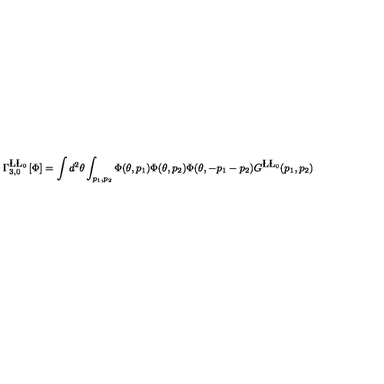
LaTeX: \Gamma _ { 3 , 0 } ^ { \L \L _ { 0 } } \left[ \Phi \right] = \int d ^ { 2 } \theta \int _ { p _ { 1 } , p _ { 2 } } \Phi ( \theta , p _ { 1 } ) \Phi ( \theta , p _ { 2 } ) \Phi ( \theta , - p _ { 1 } - p _ { 2 } ) G ^ { \L \L _ { 0 } } ( p _ { 1 } , p _ { 2 } )